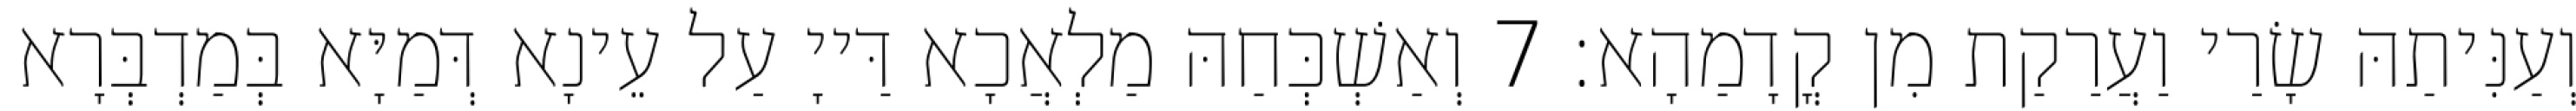
וְעַנִּיתַהּ שָׂרַי וַעֲרַקַת מִן קֳדָמַהָא׃ 7 וְאַשְׁכְּחַהּ מַלְאֲכָא דַּייָ עַל עֵינָא דְּמַיָּא בְּמַדְבְּרָא